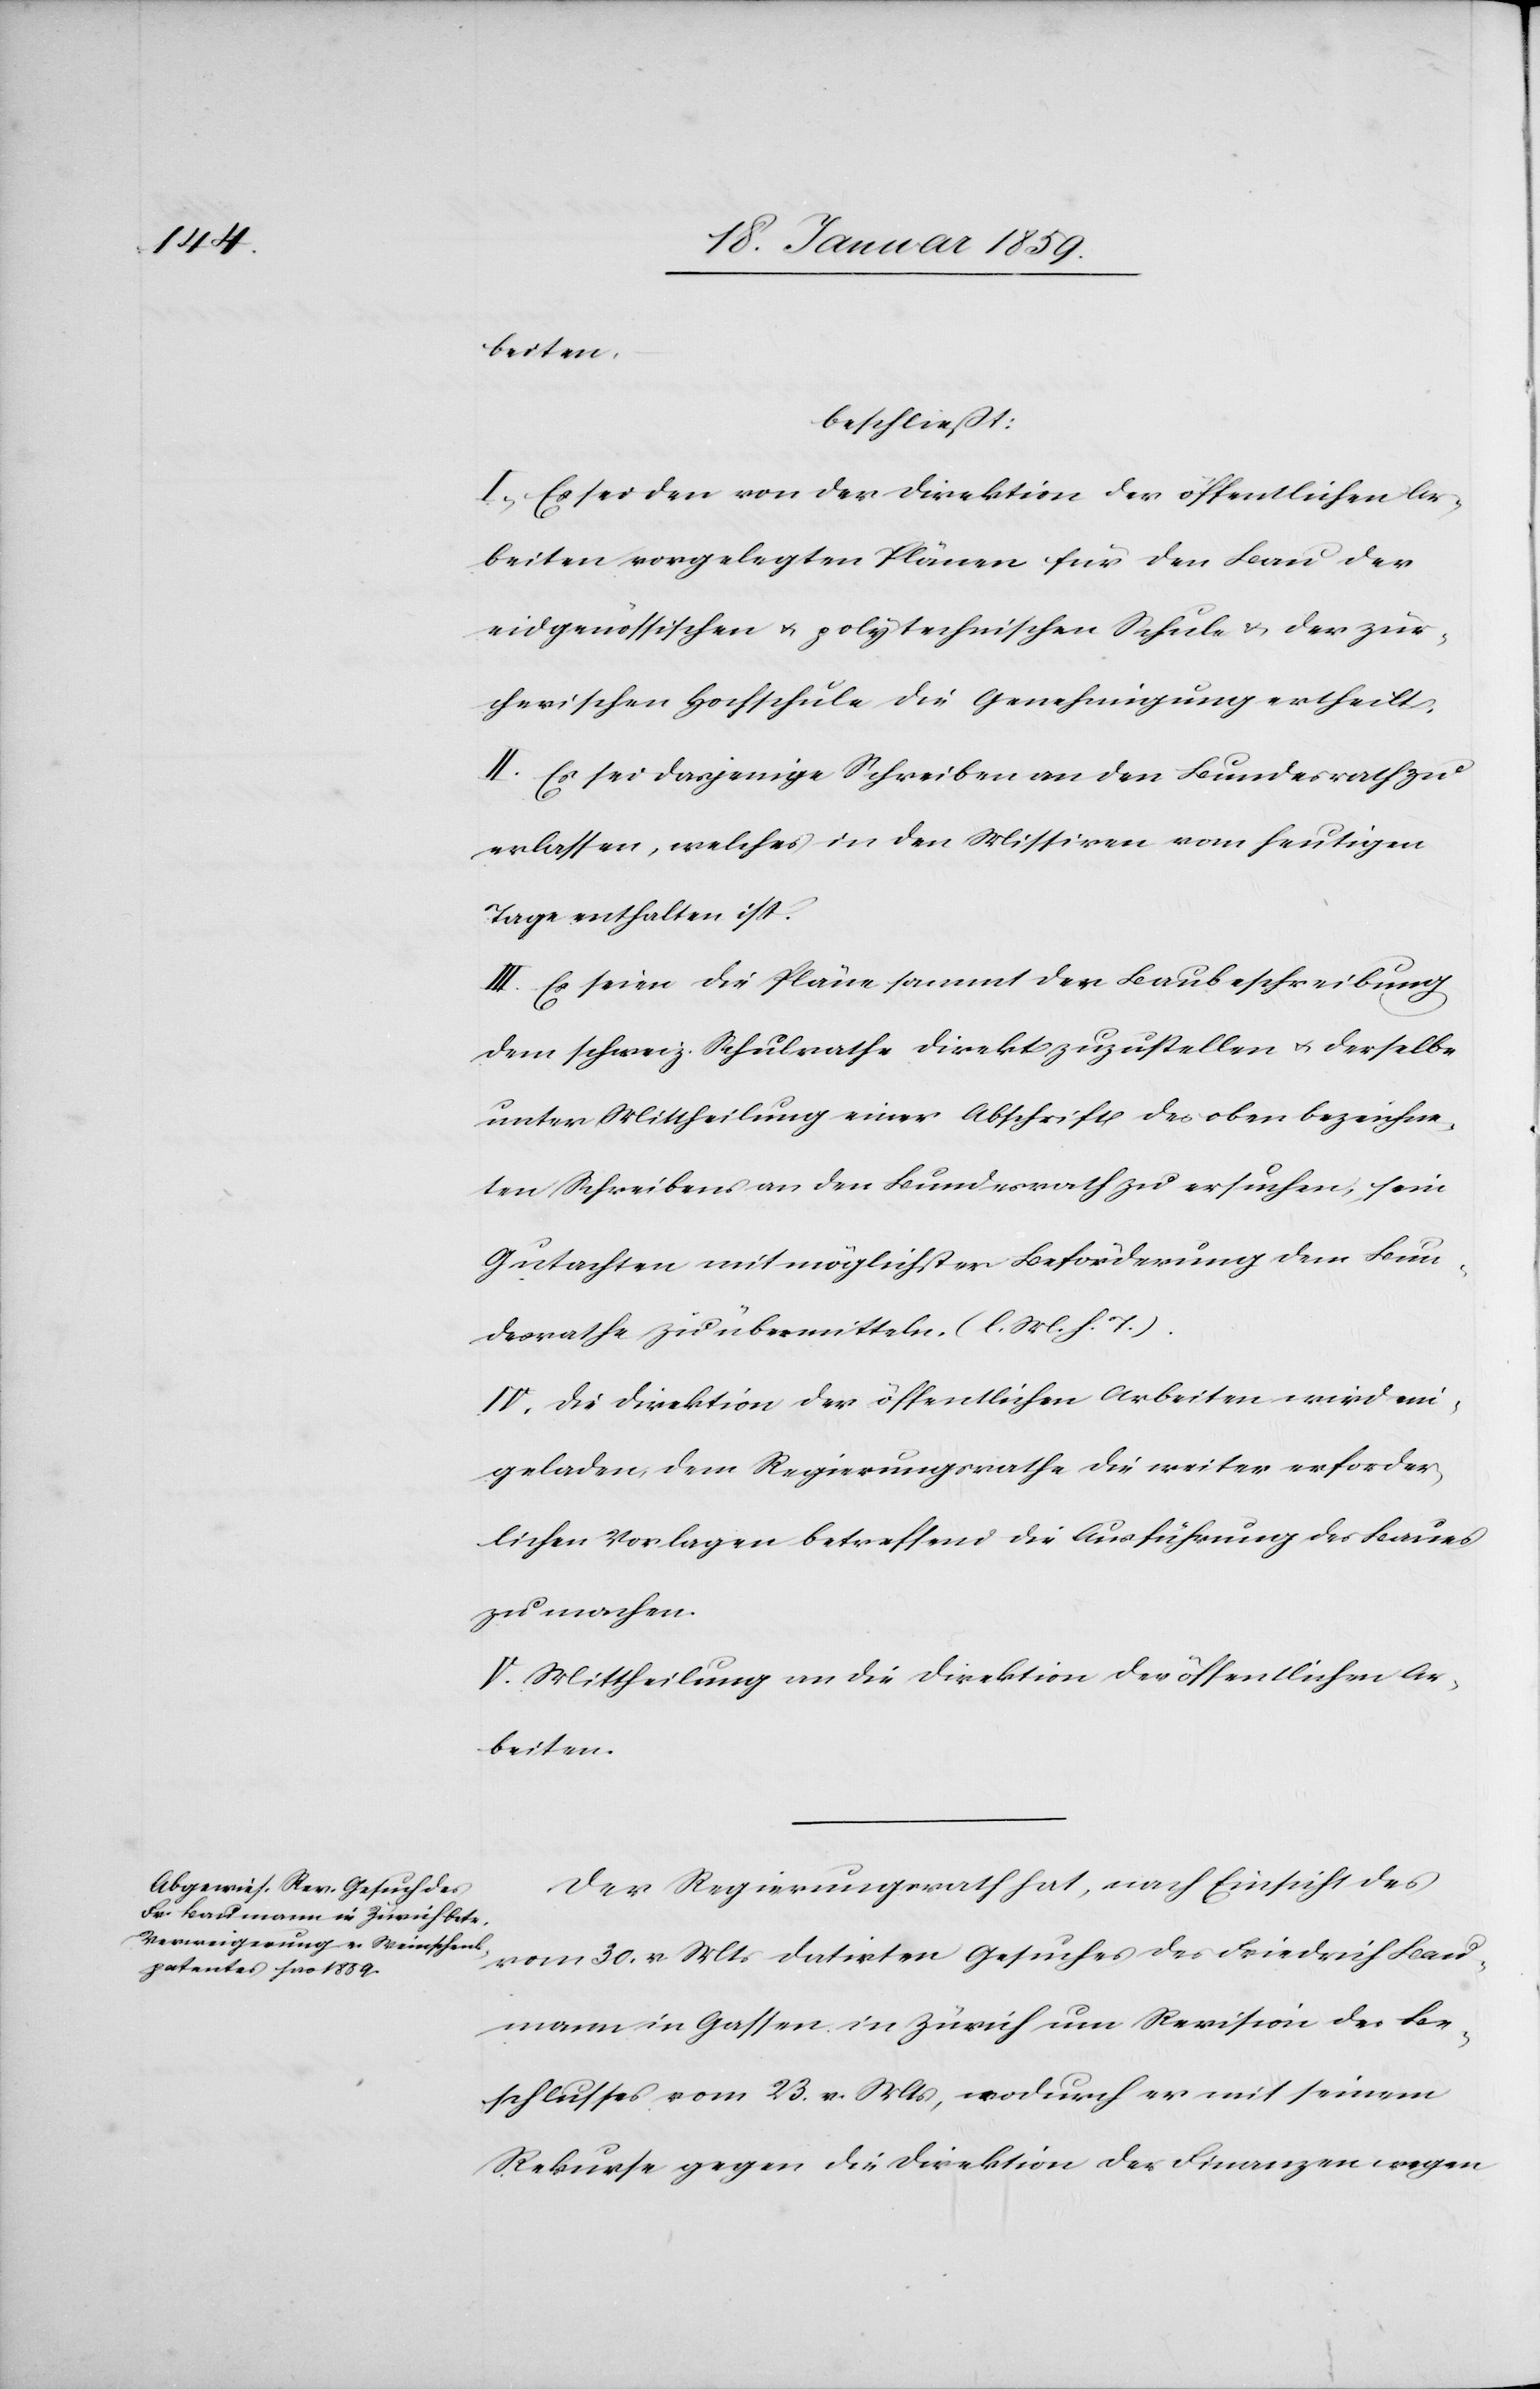
beiten,
beschließt:
I. Es sei den von der Direktion der öffentlichen Ar¬
beiten vorgelegten Pläne für den Bau der
eidgenössischen u. polytechnischen Schule & der zür¬
cherischen Hochschule die Genehmigung ertheilt.
II. Es sei dasjenige Schreiben an den Bundesrath zu
erlassen, welches in den Missiven vom heutigen
Tage enthalten ist.
III Es seien die Pläne sammt der Baubeschreibung
dem schweiz. Schulrathe direkt zuzustellen u. derselbe
unter Mittheilung einer Abschrift des oben bezeichne¬
ten Schreibens an den Bundesrath zu ersuchen; sein
Gutachten mit möglichster Beförderung dem Bun¬
desrathe zu übermitteln. (l. M. h. T.).
IV. Die Direktion der öffentlichen Arbeiten wird ein¬
geladen, dem Regierungsrath die weiter erforder¬
lichen Vorlagen betreffend die Ausführung des Baues
zu machen.
V. Mittheilung an die Direktion der öffentlichen Ar¬
beiten.
Der Regierungsrath hat, nach Einsicht des
vom 30. v. Mts datirten Gesuches des Friedrich Bau¬
mann in Gassen in Zürich um Revision des Be¬
schlusses vom 23. v. Mts, wodurch er mit seinem
Rekurse gegen die Direktion der Finanzen wegen